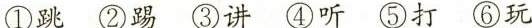
①跳 ②踢 ③讲④ 听⑤打 ⑥玩